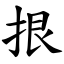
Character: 拫